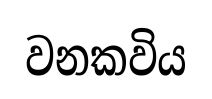
වනකවිය